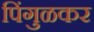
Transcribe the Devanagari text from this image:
पिंगुळकर